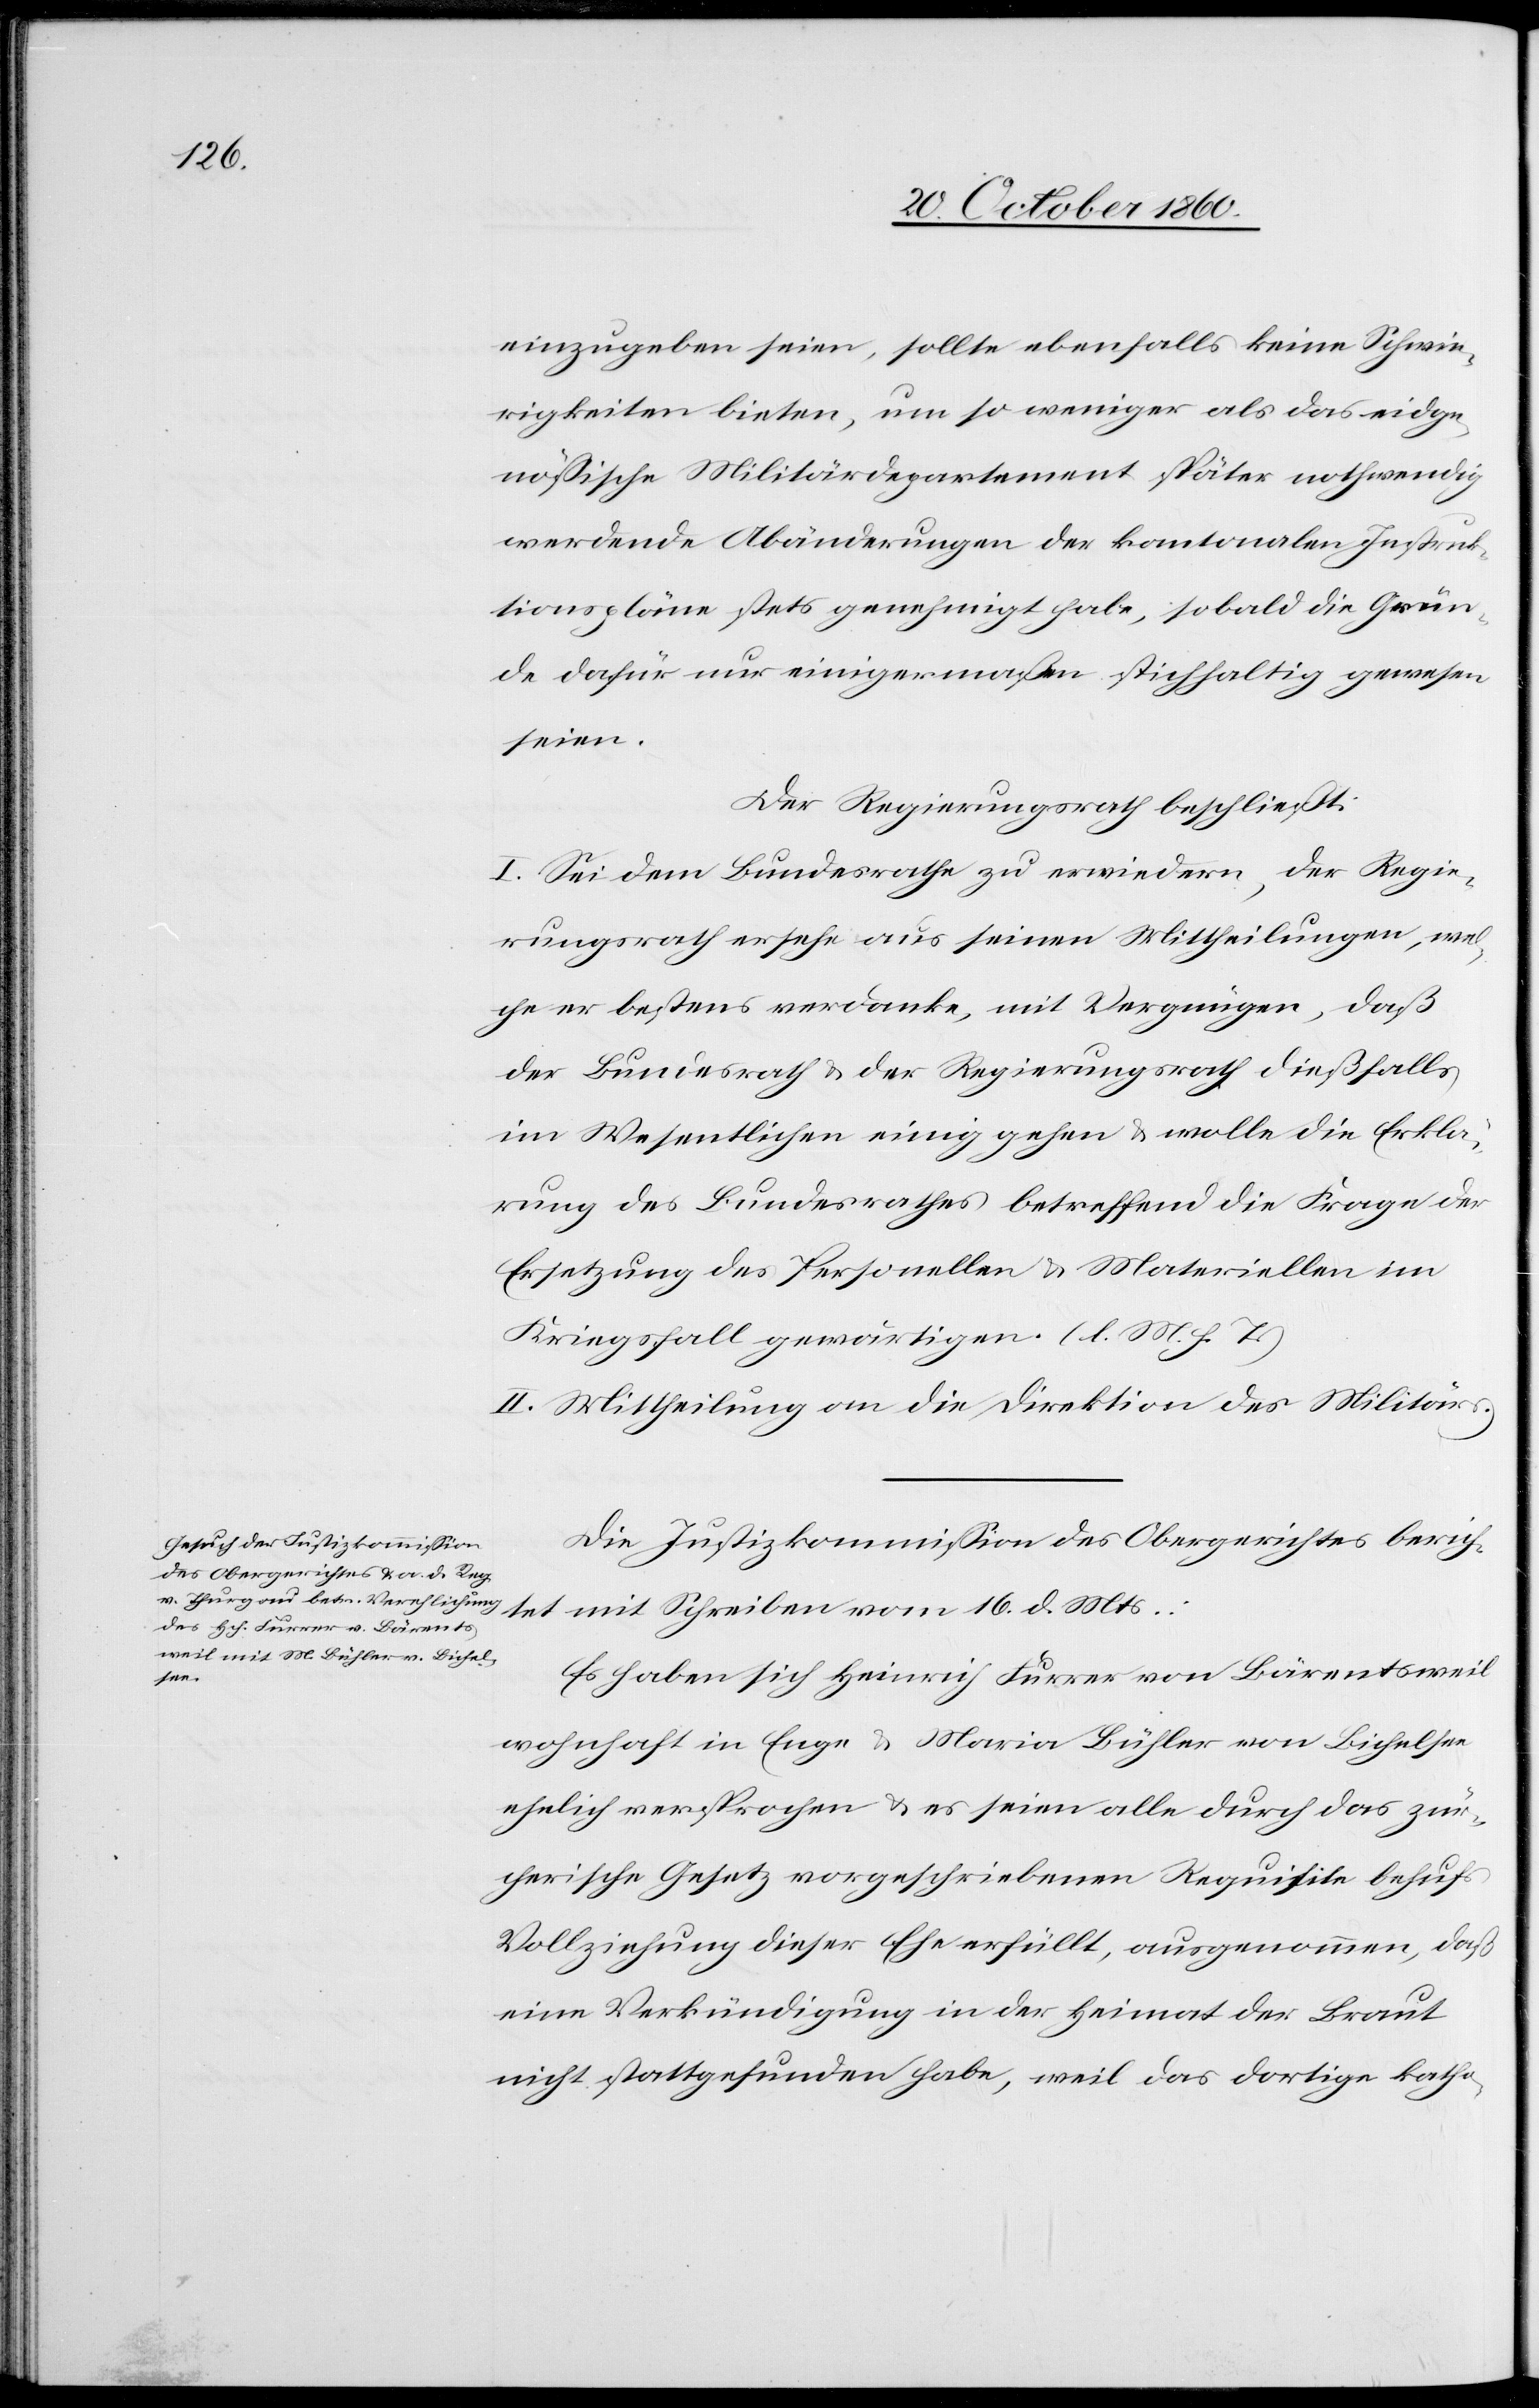
einzugeben seien, sollte ebenfalls keine Schwie¬
rigkeiten bieten, um so weniger als das eidge¬
nössische Militärdepartement später nothwendig
werdende Abänderungen der kantonalen Instruk¬
tionspläne stets genehmigt habe, so bald die Grün¬
de dafür nur einigermaßen stichhaltig gewesen
seien.
Der Regierungsrath beschließt:
I. Sei dem Bundesrathe zu erwiedern, der Regie¬
rungsrath ersehe aus seinen Mittheilungen, wel¬
che er bestens verdanke, mit Vergnügen, daß
der Bundesrath u. der Regierungsrath dießfalls
im Wesentlichen einig gehen u. wolle die Erklä¬
rung des Bundesrathes betreffend die Frage der
Ersetzung des Personellen u. Materiellen im
Kriegsfall gewärtigen. (l. M. h. T.)
II. Mittheilung an die Direktion des Militärs.
Die Justizkommission des Obergerichtes berich¬
tet mit Schreiben vom 16. d. Mts.:
Es haben sich Heinrich Furrer von Bärentsweil
wohnhaft in Enge u. Maria Bühler von Bichelsee
ehelich versprochen u. es seien alle durch das zür¬
cherische Gesetz vorgeschriebenen Requisite behufs
Vollziehung dieser Ehe erfüllt, ausgenommen, daß
eine Verkündigung in der Heimat der Braut
nicht stattgefunden habe, weil das dortige katho-